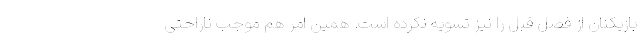
بازیکنان از فصل قبل را نیز تسویه نکرده است. همین امر هم موجب ناراحتی